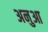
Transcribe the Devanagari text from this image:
अनुआ